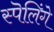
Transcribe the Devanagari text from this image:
स्पॆलिंगे